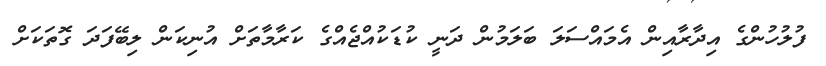
ފުލުހުންގެ އިދާރާއިން އެމައްސަލަ ބަލަމުން ދަނީ ކުޑަކުއްޖެއްގެ ކަރާމާތަށް އުނިކަން ލިބޭފަދަ ގޮތަކަށް